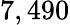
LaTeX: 7,490